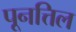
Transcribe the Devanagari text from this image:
पूनत्तिल